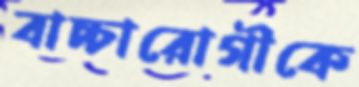
বাচ্চারোগীকে